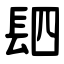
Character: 䦉